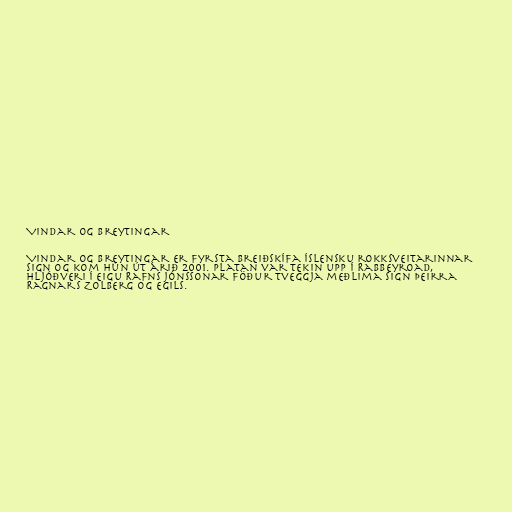
Vindar og breytingar

Vindar og Breytingar er fyrsta breiðskífa íslensku rokksveitarinnar
Sign og kom hún út árið 2001. Platan var tekin upp í Rabbeyroad,
hljóðveri í eigu Rafns Jónssonar föður tveggja meðlima Sign þeirra
Ragnars Zolberg og Egils.